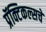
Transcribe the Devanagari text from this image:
प्रॅक्टिकल्सचे